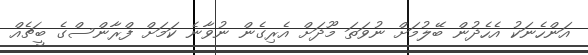
އަންހެނަކު އެހެދުން ބޭލުމަށް ނުވަތަ މޫދަށް އެރިގެން ނުވާނެ ކަމަށް ފްރާންސްގެ ބީޗެއް